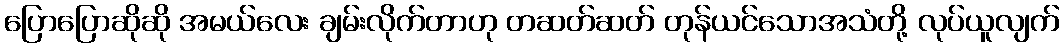
ပြောပြောဆိုဆို အမယ်လေး ချမ်းလိုက်တာဟု တဆတ်ဆတ် တုန်ယင်သောအသံတို့ လုပ်ယူလျက်